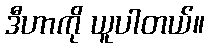
ဒီဟာကို ယူပါတယ်။